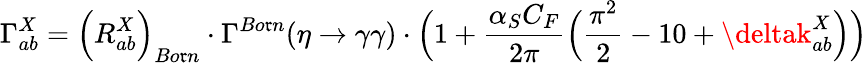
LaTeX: \Gamma_{ab}^{X}=\Big(R_{ab}^{X}\Big)_{Bo\mathfrak{r}n}\cdot\Gamma^{Bo\mathfrak{r}n}(\eta\to\gamma\gamma)\cdot\Big(1+\frac{{\alpha_{S}C_{F}}}{{2\pi}}\Big(\frac{{\pi^{2}}}{{2}}-10+\deltak_{ab}^{X}\Big)\Big)